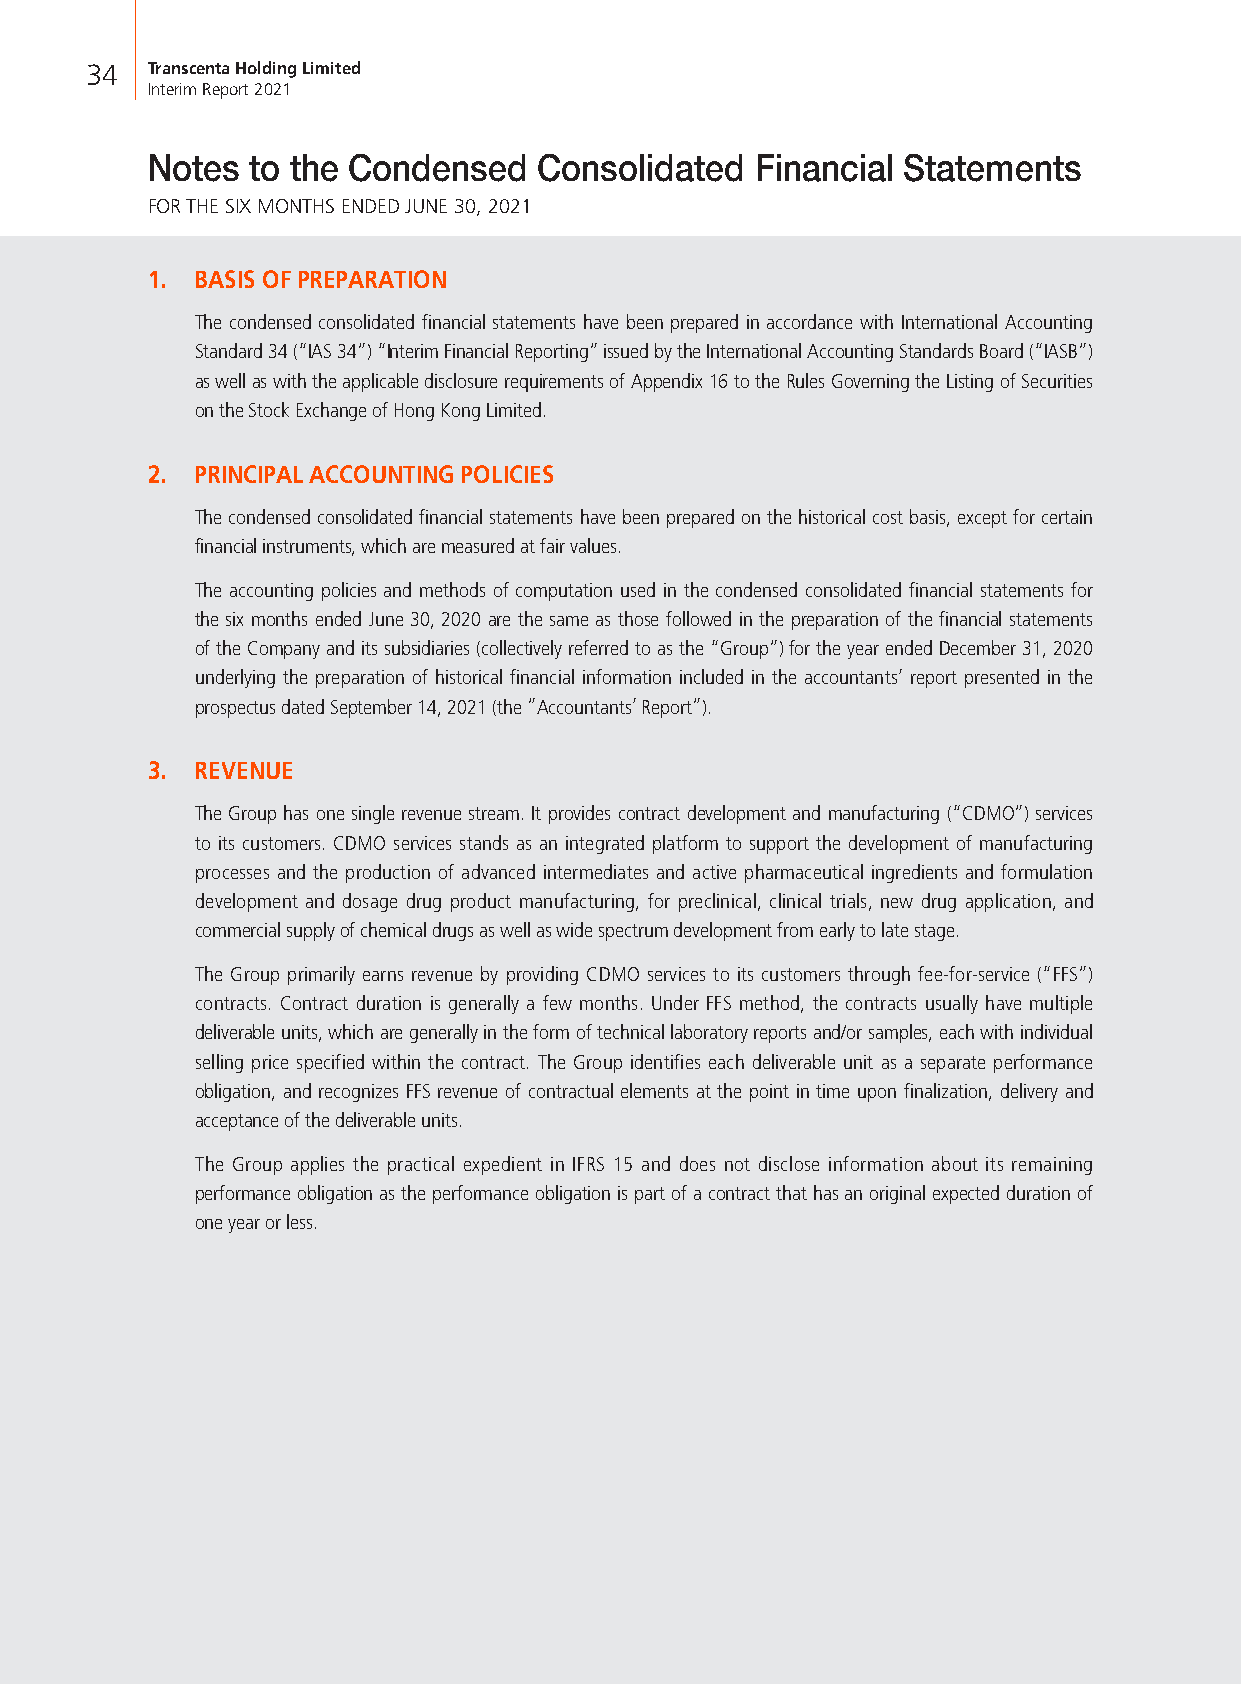
34  Transcenta Holding Limited
 Interim Report 2021
 Notes to the Condensed    Consolidated  Financial Statements
 FOR THE SIX MONTHS ENDED JUNE 30, 2021
 1. BASIS OF PREPARATION
 The condensed consolidated financial statements have been prepared in accordance with International Accounting
 Standard 34 (“IAS 34”) “Interim Financial Reporting” issued by the International Accounting Standards Board (“IASB”)
 as well as with the applicable disclosure requirements of Appendix 16 to the Rules Governing the Listing of Securities
 on the Stock Exchange of Hong Kong Limited.
 2. PRINCIPAL ACCOUNTING POLICIES
 The condensed consolidated financial statements have been prepared on the historical cost basis, except for certain
 financial instruments, which are measured at fair values.
 The accounting policies and methods of computation used in the condensed consolidated financial statements for
 the six months ended June 30, 2020 are the same as those followed in the preparation of the financial statements
 of the Company and its subsidiaries (collectively referred to as the “Group”) for the year ended December 31, 2020
 underlying the preparation of historical financial information included in the accountants’ report presented in the
 prospectus dated September 14, 2021 (the ”Accountants’ Report”).
 3. REVENUE
 The Group has one single revenue stream. It provides contract development and manufacturing (“CDMO”) services
 to its customers. CDMO services stands as an integrated platform to support the development of manufacturing
 processes and the production of advanced intermediates and active pharmaceutical ingredients and formulation
 development and dosage drug product manufacturing, for preclinical, clinical trials, new drug application, and
 commercial supply of chemical drugs as well as wide spectrum development from early to late stage.
 The Group primarily earns revenue by providing CDMO services to its customers through fee-for-service (“FFS”)
 contracts. Contract duration is generally a few months. Under FFS method, the contracts usually have multiple
 deliverable units, which are generally in the form of technical laboratory reports and/or samples, each with individual
 selling price specified within the contract. The Group identifies each deliverable unit as a separate performance
 obligation, and recognizes FFS revenue of contractual elements at the point in time upon finalization, delivery and
 acceptance of the deliverable units.
 The Group applies the practical expedient in IFRS 15 and does not disclose information about its remaining
 performance obligation as the performance obligation is part of a contract that has an original expected duration of
 one year or less.